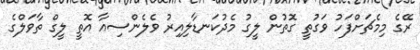
ރޭގެ މިމެޗަށްފަހު ވަގުތީ ގޮތުން ލީގު މެދުކަނޑާލިއިރު ވެލެންސިއާ އޮތީ ލީގް ތާވަލްގެ